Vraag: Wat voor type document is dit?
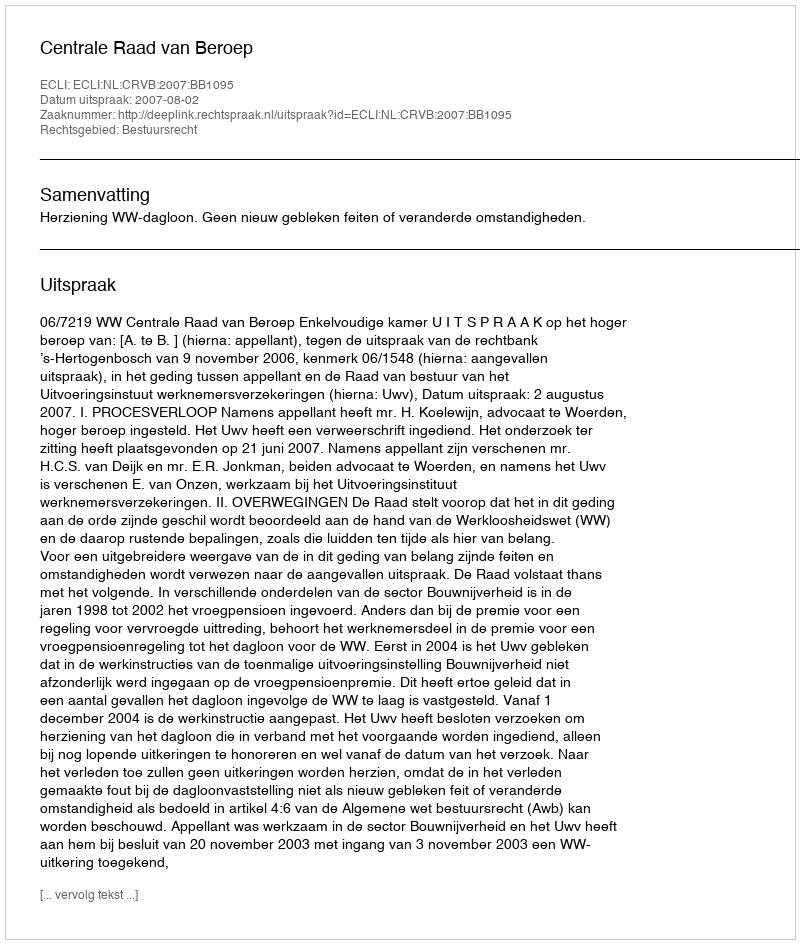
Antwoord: Uitspraak